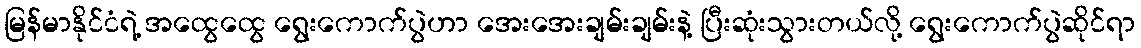
မြန်မာနိုင်ငံရဲ့ အထွေထွေ ရွေးကောက်ပွဲဟာ အေးအေးချမ်းချမ်းနဲ့ ပြီးဆုံးသွားတယ်လို့ ရွေးကောက်ပွဲဆိုင်ရာ